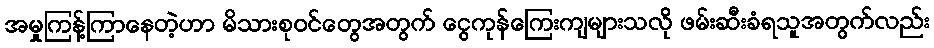
အမှုကြန့်ကြာနေတဲ့ဟာ မိသားစုဝင်တွေအတွက် ငွေကုန်ကြေးကျများသလို ဖမ်းဆီးခံရသူအတွက်လည်း